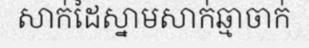
សាក់ដៃស្នាមសាក់ឆ្មាចាក់